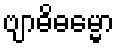
ဗျာဓိဓမ္မော